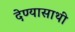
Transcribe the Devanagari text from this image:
देण्यासाथी